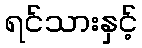
ရင်သားနှင့်